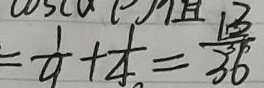
= \frac { 1 } { 9 } + \frac { 1 } { 4 } = \frac { 1 3 } { 3 6 }